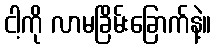
ငါ့ကို လာမခြိမ်းခြောက်နဲ့။